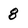
Character: 8